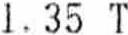
1.35 T